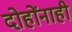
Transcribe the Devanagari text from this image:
दोहोंनाही